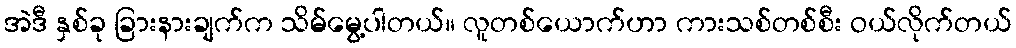
အဲဒီ နှစ်ခု ခြားနားချက်က သိမ်မွေ့ပါတယ်။ လူတစ်ယောက်ဟာ ကားသစ်တစ်စီး ဝယ်လိုက်တယ်